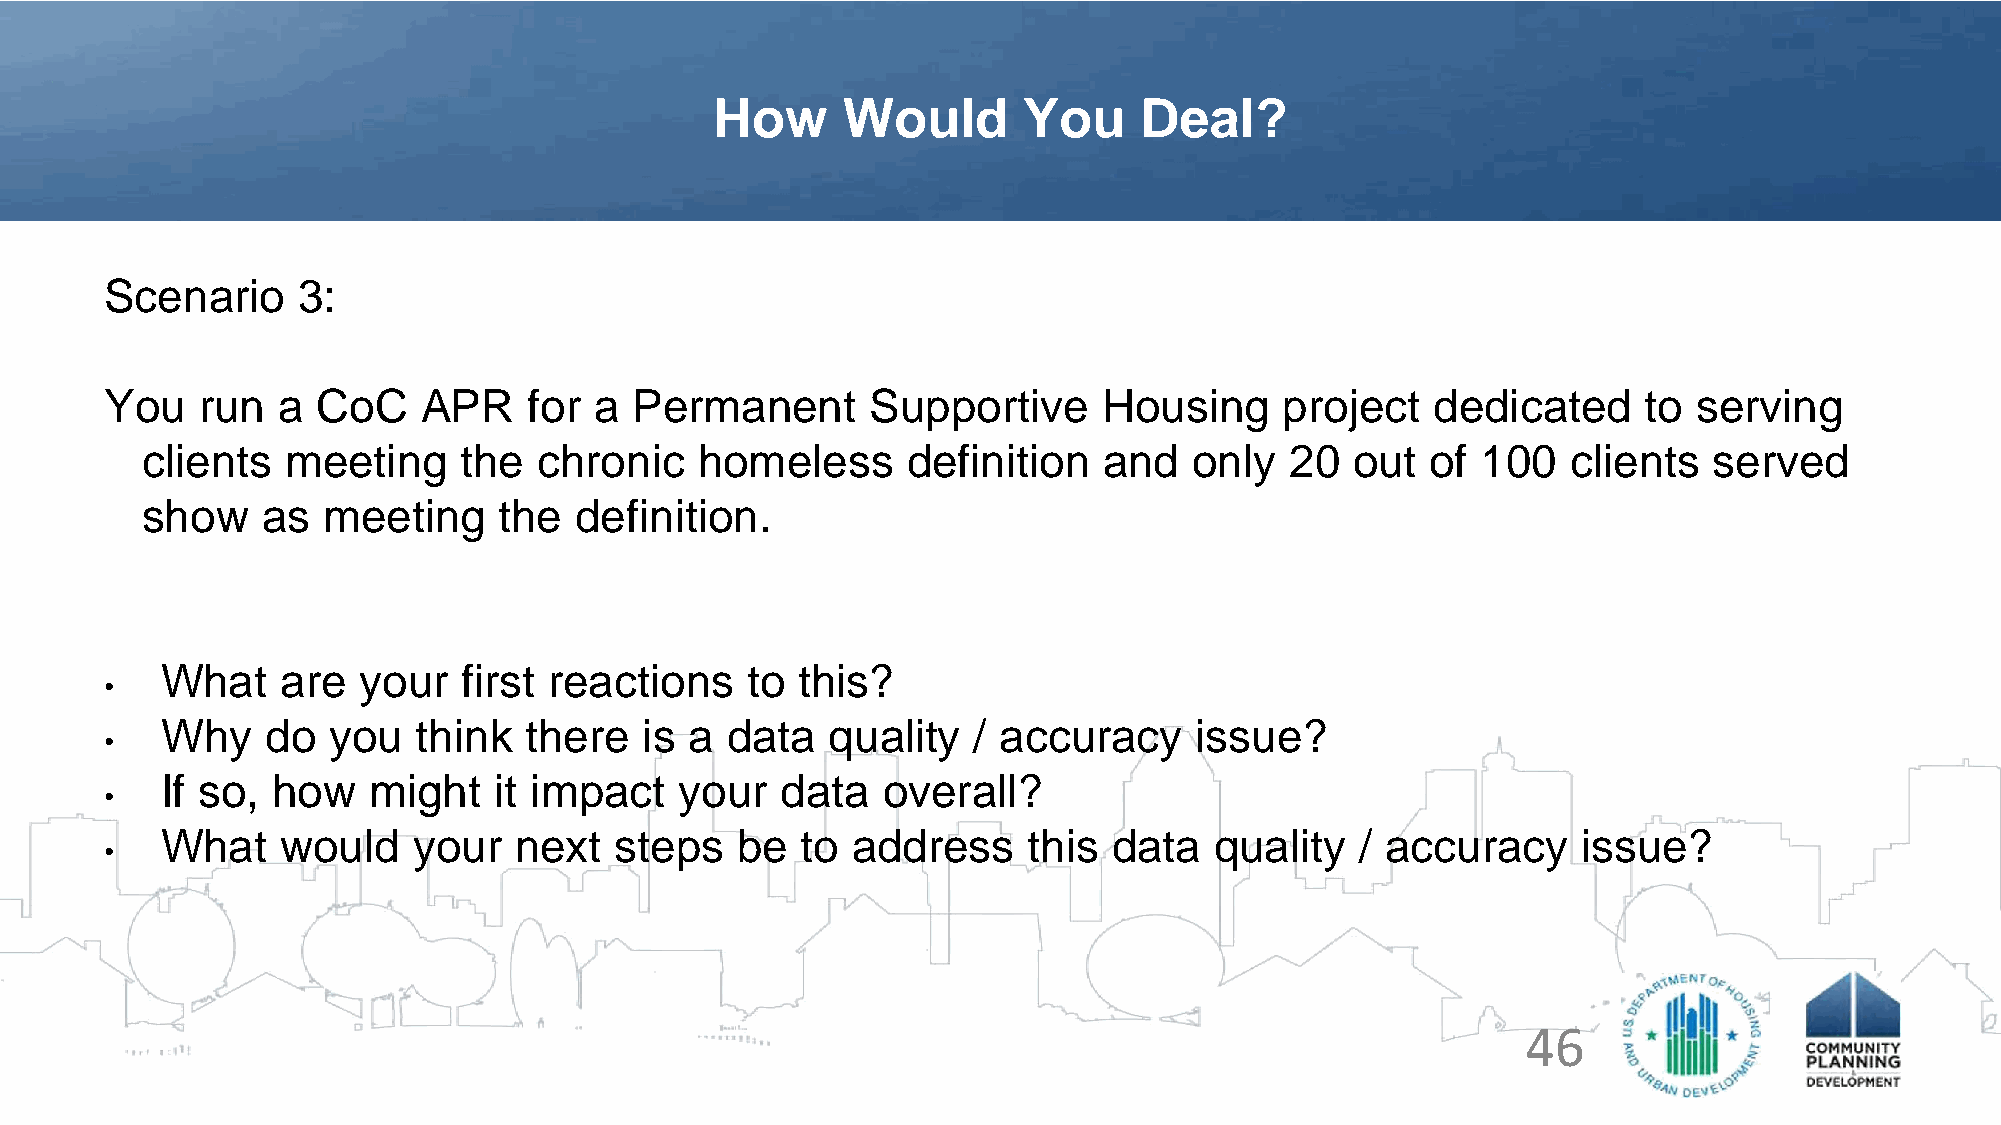
How      Would       You    Deal?
 Scenario     3:
 You   run  a  CoC    APR    for a  Permanent       Supportive     Housing     project   dedicated     to serving
 clients   meeting    the   chronic   homeless      definition   and   only  20   out  of 100   clients  served
 show    as  meeting     the  definition.
 What    are  your   first reactions   to  this?
 •
 Why    do  you   think  there   is a data   quality  / accuracy     issue?
 •
 If so, how   might    it impact   your   data  overall?
 •
 What    would   your   next   steps   be  to address     this  data  quality   / accuracy     issue?
 •
 46